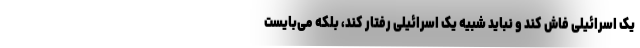
یک اسرائیلی فاش کند و نباید شبیه یک اسرائیلی رفتار کند، بلکه می‌بایست